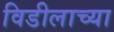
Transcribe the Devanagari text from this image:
विडीलाच्या